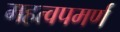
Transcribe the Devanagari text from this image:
महत्‍वपमर्ण